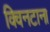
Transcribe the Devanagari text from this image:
क्विनटाना